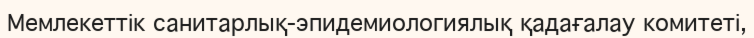
Мемлекеттік санитарлық-эпидемиологиялық қадағалау комитеті,